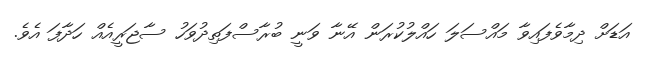
އަޑަށް ދިމާވެފައިވާ މައްސަލަ ހައްލުކުރަން އޭނާ ވަނީ ބުރާސްފަތިދުވަހު ސާޖަރީއެއް ހަދާފަ އެވެ.